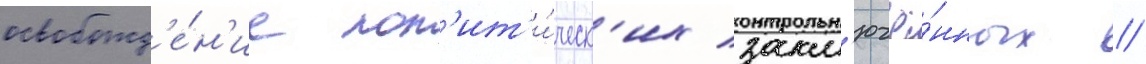
освобожд'е́н'ие пол'ит'и́ческ'их закл'ючё́нных /